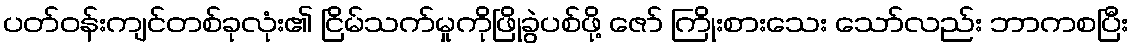
ပတ်ဝန်းကျင်တစ်ခုလုံး၏ ငြိမ်သက်မှုကိုဖြိုခွဲပစ်ဖို့ ဇော် ကြိုးစားသေး သော်လည်း ဘာကစပြီး